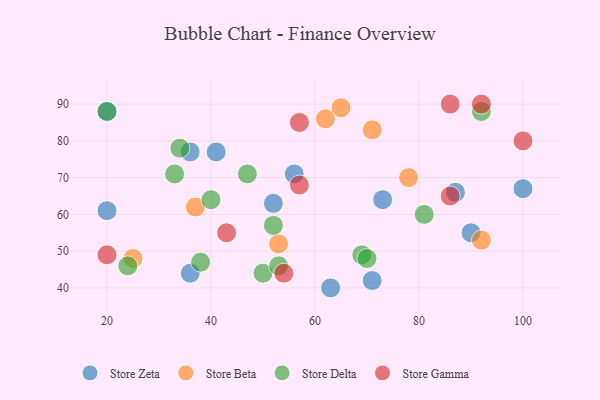
{"axis": {"x": "GDP", "y": "Life Expectancy"}, "legend": ["Store Beta", "Store Delta", "Store Gamma", "Store Zeta"], "data": [{"x": "41", "y": 77, "type": "Store Zeta"}, {"x": "52", "y": 63, "type": "Store Zeta"}, {"x": "20", "y": 61, "type": "Store Zeta"}, {"x": "36", "y": 77, "type": "Store Zeta"}, {"x": "73", "y": 64, "type": "Store Zeta"}, {"x": "63", "y": 40, "type": "Store Zeta"}, {"x": "87", "y": 66, "type": "Store Zeta"}, {"x": "71", "y": 42, "type": "Store Zeta"}, {"x": "100", "y": 67, "type": "Store Zeta"}, {"x": "56", "y": 71, "type": "Store Zeta"}, {"x": "36", "y": 44, "type": "Store Zeta"}, {"x": "20", "y": 88, "type": "Store Zeta"}, {"x": "90", "y": 55, "type": "Store Zeta"}, {"x": "25", "y": 48, "type": "Store Beta"}, {"x": "78", "y": 70, "type": "Store Beta"}, {"x": "65", "y": 89, "type": "Store Beta"}, {"x": "62", "y": 86, "type": "Store Beta"}, {"x": "53", "y": 52, "type": "Store Beta"}, {"x": "92", "y": 53, "type": "Store Beta"}, {"x": "71", "y": 83, "type": "Store Beta"}, {"x": "37", "y": 62, "type": "Store Beta"}, {"x": "69", "y": 49, "type": "Store Delta"}, {"x": "38", "y": 47, "type": "Store Delta"}, {"x": "50", "y": 44, "type": "Store Delta"}, {"x": "33", "y": 71, "type": "Store Delta"}, {"x": "53", "y": 46, "type": "Store Delta"}, {"x": "92", "y": 88, "type": "Store Delta"}, {"x": "70", "y": 48, "type": "Store Delta"}, {"x": "20", "y": 88, "type": "Store Delta"}, {"x": "52", "y": 57, "type": "Store Delta"}, {"x": "24", "y": 46, "type": "Store Delta"}, {"x": "40", "y": 64, "type": "Store Delta"}, {"x": "34", "y": 78, "type": "Store Delta"}, {"x": "47", "y": 71, "type": "Store Delta"}, {"x": "81", "y": 60, "type": "Store Delta"}, {"x": "20", "y": 49, "type": "Store Gamma"}, {"x": "43", "y": 55, "type": "Store Gamma"}, {"x": "57", "y": 85, "type": "Store Gamma"}, {"x": "86", "y": 65, "type": "Store Gamma"}, {"x": "92", "y": 90, "type": "Store Gamma"}, {"x": "57", "y": 68, "type": "Store Gamma"}, {"x": "86", "y": 90, "type": "Store Gamma"}, {"x": "54", "y": 44, "type": "Store Gamma"}, {"x": "100", "y": 80, "type": "Store Gamma"}]}